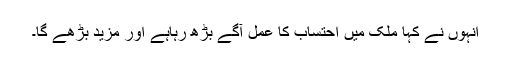
انہوں نے کہا ملک میں احتساب کا عمل آگے بڑھ رہاہے اور مزید بڑھے گا۔